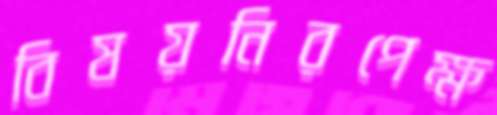
বিষয়নিরপেক্ষ